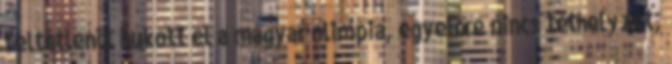
feltétlenül bukott el a magyar olimpia, egyelőre nincs téthelyzet,